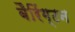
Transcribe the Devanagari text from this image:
बैरिंग्टन